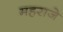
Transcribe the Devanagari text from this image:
महराजे